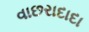
વાછરાદાદા